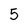
Character: 5